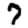
Digit: 7